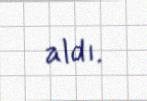
aldı.